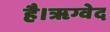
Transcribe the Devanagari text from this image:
है।ॠग्वेद